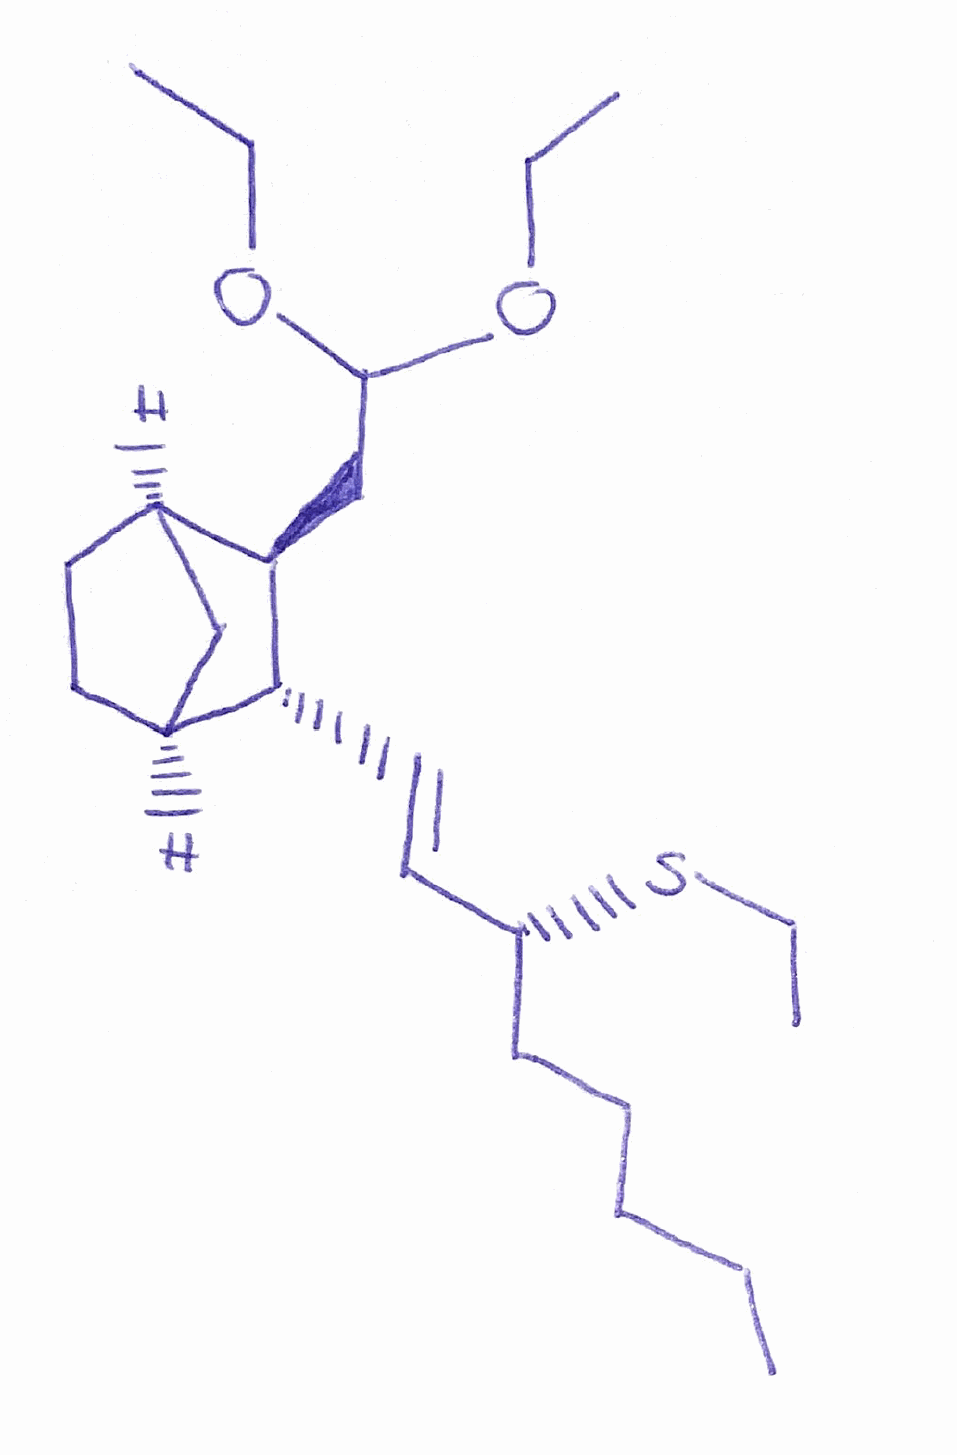
Simplified molecular-input line-entry system (SMILES) notation of the given molecule:
CCCCC[C@H](/C=C/[C@@H]1[C@H]2CC[C@H](C2)[C@H]1CC(OCC)OCC)SCC